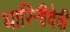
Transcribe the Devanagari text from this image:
धारिनीदेवी